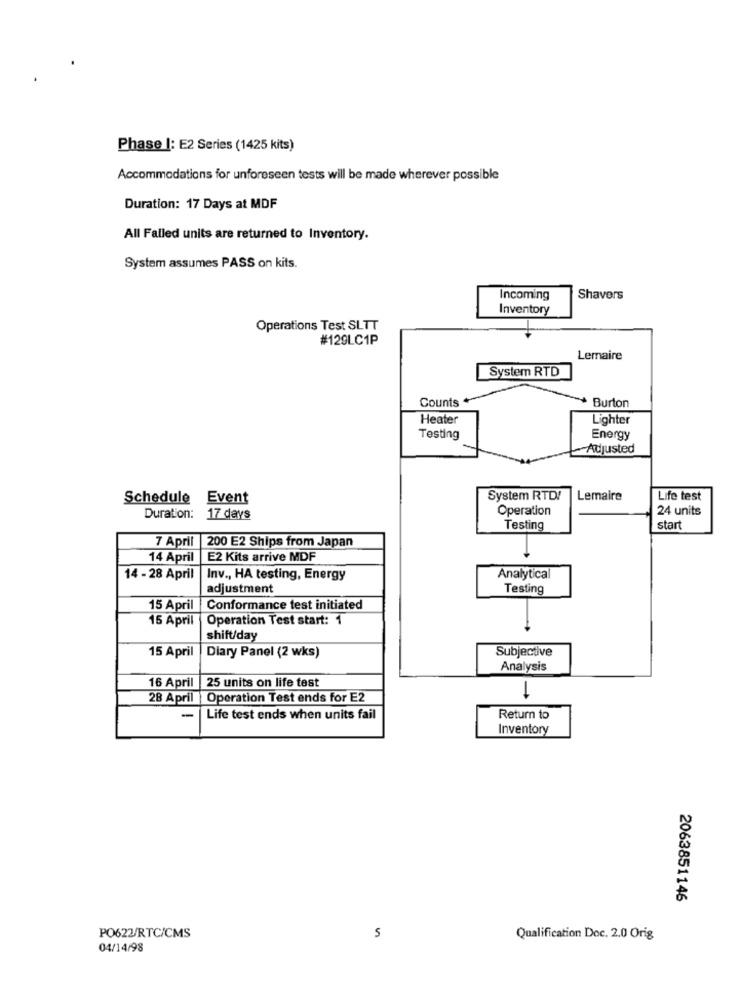
Phase |: E2 Series (1425 kits)
Accommodations for unforeseen tests will be made wherever possible
Duration: 17 Days at MDF
All Failed units are returned to Inventory.
System assumes PASS on kits.
Incoming
Shavers
Inventory
Operations Test SLTT
#129LC1P
Lemaire
System RTD
Counts
Burton
Heater
Lighter
Testing
Energy
Adjusted
Schedule Event
System RTDI
Lemaire
Life test
Operation
24 units
Duration: 17 days
Testing
start
7 April 200 E2 Ships from Japan
14 April
E2 Kits arrive MDF
14 - 28 April
Inv ., HA testing, Energy
Analytical
adjustment
Testing
15 April
Conformance test initiated
15 April
Operation Test start: 1
shift/day
15 April
Subjective
Diary Panel (2 wks)
Analysis
16 April
25 units on life test
1
28 April |Operation Test ends for E2
-
Life test ends when units fail
Return to
Inventory
2063851146
PO622/RTC/CMS
5
Qualification Doc. 2.0 Orig
04/14/98